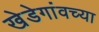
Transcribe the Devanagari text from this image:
खेडेगांवच्या